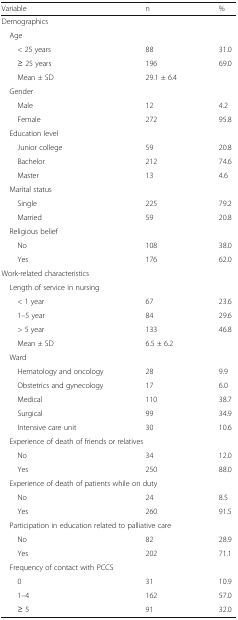
<table><thead><tr><td><b>Variable</b></td><td><b>n</b></td><td><b>%</b></td></tr></thead><tbody><tr><td colspan="3">Demographics</td></tr><tr><td colspan="3"> Age</td></tr><tr><td>&lt; 25 years</td><td>88</td><td>31.0</td></tr><tr><td>≥ 25 years</td><td>196</td><td>69.0</td></tr><tr><td>Mean ± SD</td><td>29.1 ± 6.4</td><td></td></tr><tr><td colspan="3"> Gender</td></tr><tr><td>Male</td><td>12</td><td>4.2</td></tr><tr><td>Female</td><td>272</td><td>95.8</td></tr><tr><td colspan="3"> Education level</td></tr><tr><td>Junior college</td><td>59</td><td>20.8</td></tr><tr><td>Bachelor</td><td>212</td><td>74.6</td></tr><tr><td>Master</td><td>13</td><td>4.6</td></tr><tr><td colspan="3"> Marital status</td></tr><tr><td>Single</td><td>225</td><td>79.2</td></tr><tr><td>Married</td><td>59</td><td>20.8</td></tr><tr><td colspan="3"> Religious belief</td></tr><tr><td>No</td><td>108</td><td>38.0</td></tr><tr><td>Yes</td><td>176</td><td>62.0</td></tr><tr><td colspan="3">Work-related characteristics</td></tr><tr><td colspan="3"> Length of service in nursing</td></tr><tr><td>&lt; 1 year</td><td>67</td><td>23.6</td></tr><tr><td>1–5 year</td><td>84</td><td>29.6</td></tr><tr><td>&gt; 5 year</td><td>133</td><td>46.8</td></tr><tr><td>Mean ± SD</td><td>6.5 ± 6.2</td><td></td></tr><tr><td colspan="3"> Ward</td></tr><tr><td>Hematology and oncology</td><td>28</td><td>9.9</td></tr><tr><td>Obstetrics and gynecology</td><td>17</td><td>6.0</td></tr><tr><td>Medical</td><td>110</td><td>38.7</td></tr><tr><td>Surgical</td><td>99</td><td>34.9</td></tr><tr><td>Intensive care unit</td><td>30</td><td>10.6</td></tr><tr><td colspan="3"> Experience of death of friends or relatives</td></tr><tr><td>No</td><td>34</td><td>12.0</td></tr><tr><td>Yes</td><td>250</td><td>88.0</td></tr><tr><td colspan="3"> Experience of death of patients while on duty</td></tr><tr><td>No</td><td>24</td><td>8.5</td></tr><tr><td>Yes</td><td>260</td><td>91.5</td></tr><tr><td colspan="3"> Participation in education related to palliative care</td></tr><tr><td>No</td><td>82</td><td>28.9</td></tr><tr><td>Yes</td><td>202</td><td>71.1</td></tr><tr><td colspan="3"> Frequency of contact with PCCS</td></tr><tr><td>0</td><td>31</td><td>10.9</td></tr><tr><td>1–4</td><td>162</td><td>57.0</td></tr><tr><td>≥ 5</td><td>91</td><td>32.0</td></tr></tbody></table>